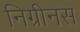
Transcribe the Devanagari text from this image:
निग्रीनस